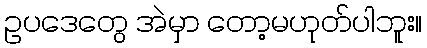
ဥပဒေတွေ အဲမှာ တော့မဟုတ်ပါဘူး။